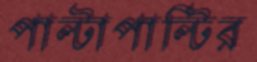
পাল্টাপাল্টির